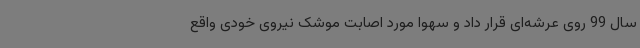
سال 99 روی عرشه‌ای قرار داد و سهواً مورد اصابت موشک نیروی خودی واقع